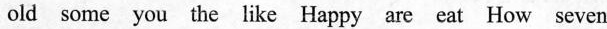
old some you the like Happy are eat How seven